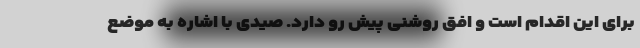
برای این اقدام است و افق روشنی پیش رو دارد. صیدی با اشاره به موضع